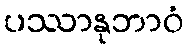
ပဿာနုဘာဝံ